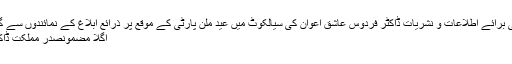
گزشتہ مضمونوزیراعظم کی معاون خصوصی برائے اطلاعات و نشریات ڈاکٹر فردوس عاشق اعوان کی سیالکوٹ میں عید ملن پارٹی کے موقع پر ذرائع ابلاغ کے نمائندوں سے گفتگو اور پی ٹی وی پر نشر ہونے والے پیغام
اگلا مضمونصدر مملکت ڈاکٹر عارف علوی کا 72ویںیوم آزادی پر پیغام